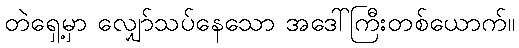
တဲရှေ့မှာ လျှော်သပ်နေသော အဒေါ်ကြီးတစ်ယောက်။